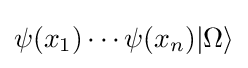
\psi (x_{1})\cdots \psi (x_{n})|\Omega \rangle